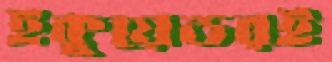
ইকুয়েডরই